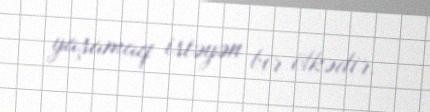
yaşamaq istəyən bir ölkədir.